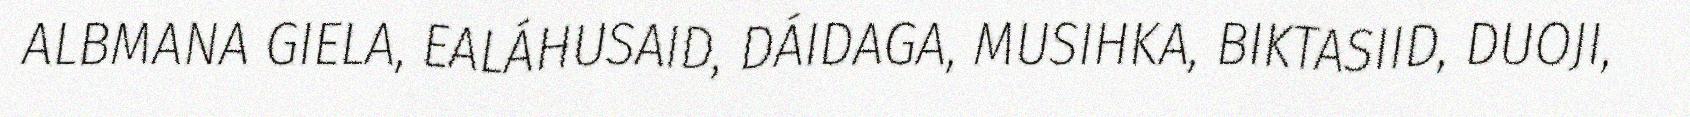
ALBMANA GIELA, EALÁHUSAID, DÁIDAGA, MUSIHKA, BIKTASIID, DUOJI,